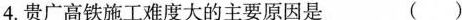
4.贵广高铁施工难度大的主要原因是 ()